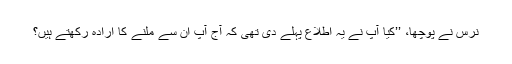
نرس نے پوچھا، ’’کیا آپ نے یہ اطلاع پہلے دی تھی کہ آج آپ ان سے ملنے کا ارادہ رکھتے ہیں؟